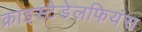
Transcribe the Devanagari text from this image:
क्राइस्टैडेलफियंस